Annual administration report of the Civil Veterinary Department of India - 1898-1899
Year: 1898
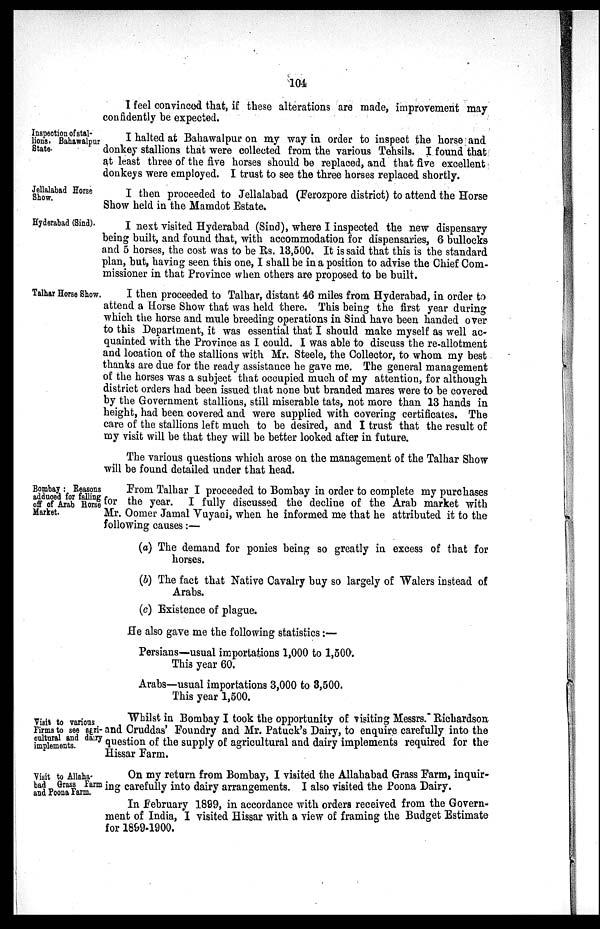
104
I feel convinced that, if these alterations are made, improvement may
confidently be expected.
Inspection of stal-
lions, Bahawalpur
State.
I halted at Bahawalpur on my way in order to inspect the horse and
donkey stallions that were collected from the various Tehsils. I found that
at least three of the five horses should be replaced, and that five excellent
donkeys were employed. I trust to see the three horses replaced shortly.
Jellalabad Horse
Show.
I then proceeded to Jellalabad (Ferozpore district) to attend the Horse
Show held in the Mamdot Estate.
Hyderabad (Sind).
I next visited Hyderabad (Sind), where I inspected the new dispensary
being built, and found that, with accommodation for dispensaries, 6 bullocks
and 5 horses, the cost was to be Rs. 13,500. It is said that this is the standard
plan, but, having seen this one, I shall be in a position to advise the Chief Com-
missioner in that Province when others are proposed to be built.
Talhar Horse Show.
I then proceeded to Talhar, distant 46 miles from Hyderabad, in order to
attend a Horse Show that was held there. This being the first year during
which the horse and mule breeding operations in Sind have been handed over
to this Department, it was essential that I should make myself as well ac-
quainted with the Province as I could. I was able to discuss the re-allotment
and location of the stallions with Mr. Steele, the Collector, to whom my best
thanks are due for the ready assistance he gave me. The general management
of the horses was a subject that occupied much of my attention, for although
district orders had been issued that none but branded mares were to be covered
by the Government stallions, still miserable tats, not more than 13 hands in
height, had been covered and were supplied with covering certificates. The
care of the stallions left much to be desired, and I trust that the result of
my visit will be that they will be better looked after in future.
The various questions which arose on the management of the Talhar Show
will be found detailed under that head.
Bombay:Reasons
adduced for falling
off of Arab Horse
Market.
From Talhar I proceeded to Bombay in order to complete my purchases
for the year. I fully discussed the decline of the Arab market with
Mr. Oomer Jamal Vuyani, when he informed me that he attributed it to the
following causes:—
(a) The demand for ponies being so greatly in excess of that for
horses.
(b) The fact that Native Cavalry buy so largely of Walers instead of
Arabs.
(c) Existence of plague.
He also gave me the following statistics:—
Persians—usual importations 1,000 to 1,500.
This year 60.
Arabs—usual importations 3,000 to 3,500.
This year 1,500.
Visit to various
Firms to see agri-
cultural and dairy
implements.
Whilst in Bombay I took the opportunity of visiting Messrs. Richardson
and Cruddas' Foundry and Mr. Patuck's Dairy, to enquire carefully into the
question of the supply of agricultural and dairy implements required for the
Hissar Farm.
Visit to Allaha-
bad Grass Farm
and Poona Farm.
On my return from Bombay, I visited the Allahabad Grass Farm, inquir-
ing carefully into dairy arrangements. I also visited the Poona Dairy.
In February 1899, in accordance with orders received from the Govern-
ment of India, I visited Hissar with a view of framing the Budget Estimate
for 1899-1900.